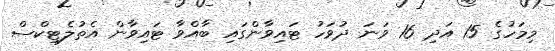
މިމަހުގެ 15 އަދި 16 ވަނަ ދުވަހު ޓައިވާންގައި ބާއްވާ ޓައިވާން އެތުލެޓިކްސް